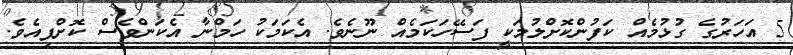
5 އަހަރުގެ ގުޅުމެއް ކަފުންކޮށްލުމަކީ ފަސޭހަކަމެއް ނޫނެވެ. އެކަމަކު ހަމްނާ އެކަންވެސް ކޮށްފިއެވެ.